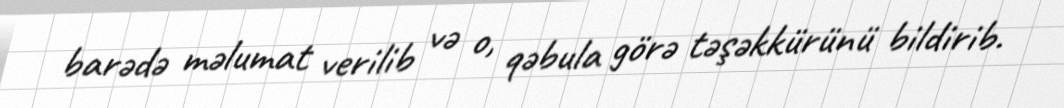
barədə məlumat verilib və o, qəbula görə təşəkkürünü bildirib.